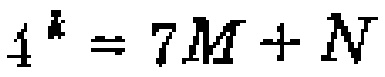
\(4^{k}=7M + N\)